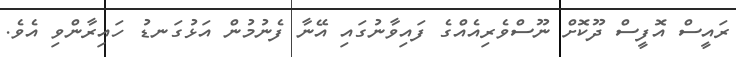
ރައީސް އޮފީސް ދޫކޮށް ނޫސްވެރިއެއްގެ ފައިވާނުގައި އޭނާ ފެނުމުން އަޅުގަނޑު ހައިރާންވި އެވެ.